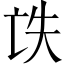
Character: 𠅎